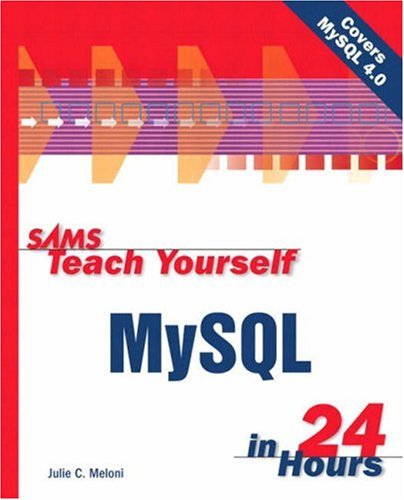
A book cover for Sams Teach Yourself MySQL in 24 Hours; Julie C. Meloni; Computers & Technology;